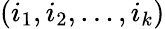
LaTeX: (i_{1},i_{2},\ldots,i_{k})